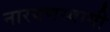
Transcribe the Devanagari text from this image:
नारयणस्वामी